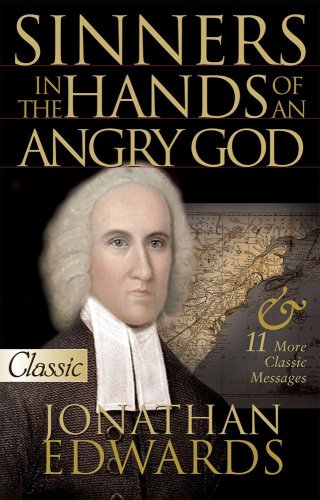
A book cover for Sinners in the Hands of an Angry God / (A Pure Gold Classic) (Pure Gold Classics); Jonathan Edwards; Christian Books & Bibles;